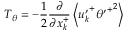
T _ { \theta } = - \frac { 1 } { 2 } \frac { \partial } { \partial x _ { k } ^ { + } } \left< { u _ { k } ^ { \prime } } ^ { + } { { \theta ^ { \prime } } ^ { + } } ^ { 2 } \right>